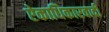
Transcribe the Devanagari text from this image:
ऐकाधिकारवादी